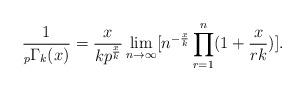
LaTeX: \begin{align*}\frac{1}{_{p}\Gamma_{k}(x)}=\frac{x}{kp^{\frac{x}{k}}}\lim _{n\rightarrow\infty}[n^{-\frac{x}{k}}\prod_{r=1}^{n}(1+\frac{x}{rk})].\end{align*}